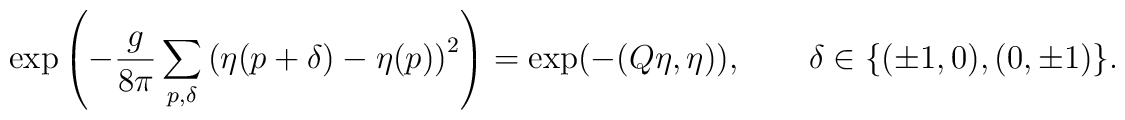
\exp\left(-\frac{g}{8\pi}\sum_{p,\delta}\left(\eta(p+\delta)-\eta(p)\right)^2\right)   =\exp(-(Q\eta,\eta)),\qquad    \delta\in\{(\pm1,0),(0,\pm1)\}.